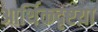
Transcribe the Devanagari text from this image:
आर्थिकदृष्टय़ा